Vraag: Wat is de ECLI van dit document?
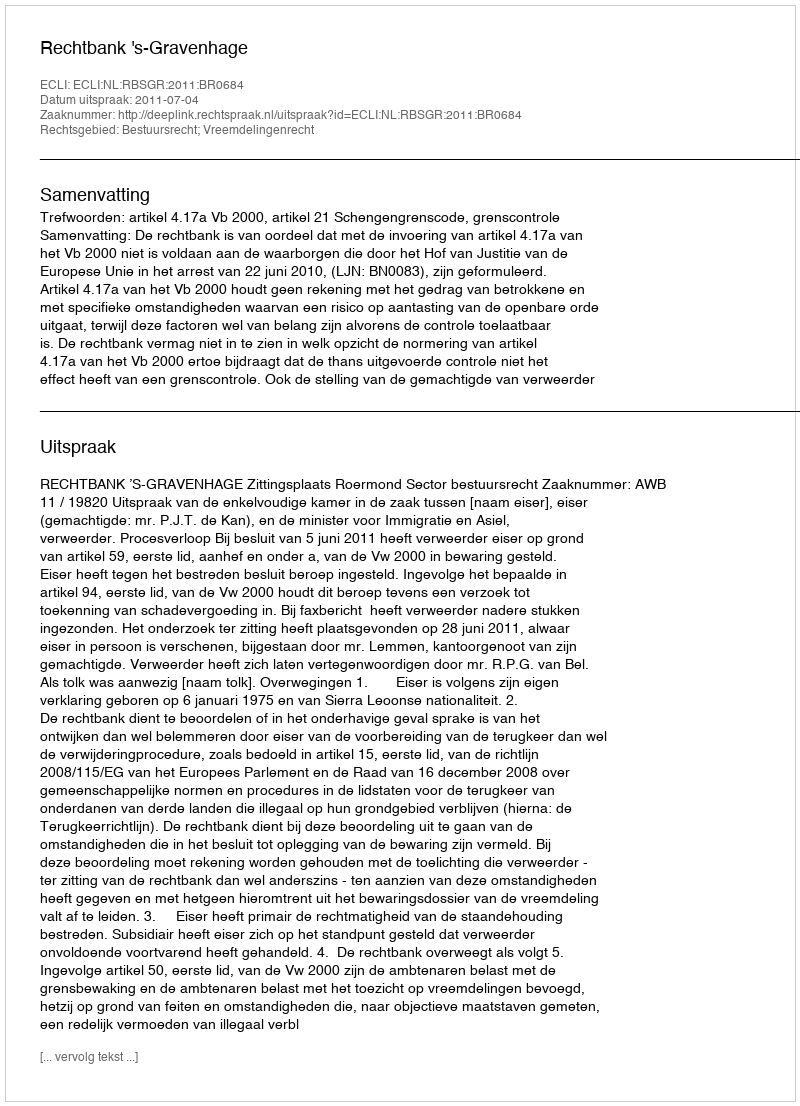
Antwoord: ECLI:NL:RBSGR:2011:BR0684